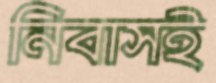
নিবাসই